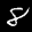
Label: 8